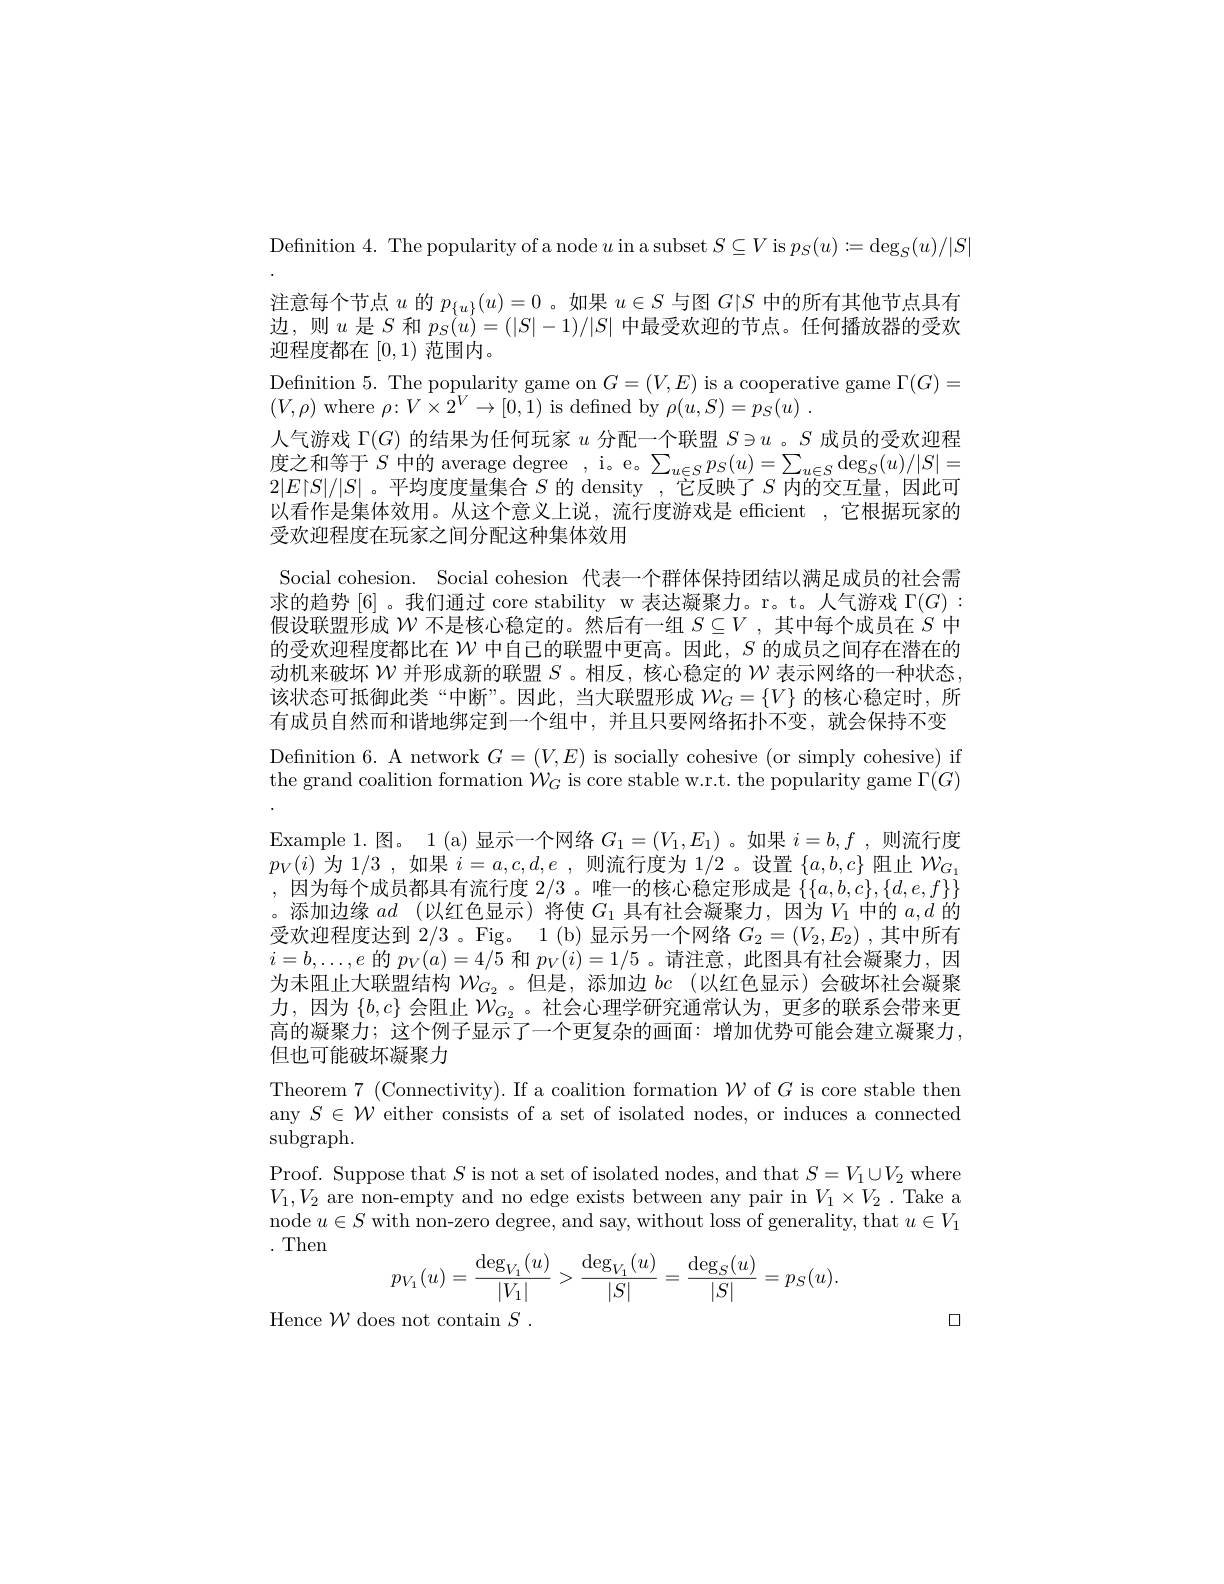
Definition 4. The popularity of a node $u$ in a subset $S\subseteq V$ is $p_S(u):=\deg_S(u)/|S$ 注 意 每 个 节 点 $u$ 的 $p_{\{ u\} }( u) = 0$。如 果 $u\in S$ 与 图 $G| S$ 中 的 所 有 其 他 节 点 具 有 边 , 则 $u$ 是 $S$ 和 $p_{S}( u) = ( | S| - 1) / | S|$ 中 最 受 欢 迎 的 节 点 。任 何 播 放 器 的 受 欢迎程度都在[0,1)范围内。
Definition 5. The popularity game on $G=(V,E)$ is a cooperative game $\Gamma(G)=$
$(V,\rho)$ where $\rho\colon V\times2^V\to[0,1)$ is defined by $\rho(u,S)=p_{S}(u)~.$
人气游戏$\Gamma(G)$的结果为任何玩家$u$分配一个联盟$S\ni u$ 。$S$成员的受欢迎程度之和等于$S$ 中的 average degree, i。e。$\sum_u\in Sp_S(u)=\sum_{u\in S}\deg_S(u)/|S|=$ $2|E|S|/|S|$ 。平均度度量集合$S$的 density ,它反映了$S$内的交互量，因此可以看作是集体效用。从这个意义上说，流行度游戏是 efficient ,它根据玩家的受欢迎程度在玩家之间分配这种集体效用
Social cohesion. Social cohesion 代表一个群体保持团结以满足成员的社会需求的趋势 [6] 。我们通过 core stability w 表达凝聚力。r。t。人气游戏$\Gamma(G):$ 假设联盟形成$\mathcal{W}$不是核心稳定的。然后有一组$S\subseteq V$ ,其中每个成员在$S$中的受欢迎程度都比在$\mathcal{W}$中自己的联盟中更高。因此，$S$的成员之间存在潜在的动机来破坏$\mathcal{W}$并形成新的联盟$S$ 。相反，核心稳定的$\mathcal{W}$表示网络的一种状态， 该状态可抵御此类“中断”。因此，当大联盟形成$\mathcal{W}_G=\{V\}$的核心稳定时，所有成员自然而和谐地绑定到一个组中，并且只要网络拓扑不变，就会保持不变Definition 6. A network $G=(V,E)$ is socially cohesive (or simply cohesive) if the grand coalition formation $\mathcal{W}_G$ is core stable w.r.t. the popularity game $\Gamma(G)$ Example 1.图。1 (a) 显示一个网络$G_1=(V_{1},E_{1})$ 。如果$i=b,f$ ,则流行度$p_{V}(i)$为 1/3 , 如果$i=a,c,d,e$ ,则流行度为1/2 。设置$\{a,b,c\}$阻止$\mathcal{W}_G_1$ ,因为每个成员都具有流行度 2/3。唯一的核心稳定形成是$\left\{\{a,b,c\},\{d,e,f\}\right\}$ 。添加边缘$ad$ (以红色显示)将使$G_1$具有社会凝聚力，因为$V_1$中的$a,d$的受欢迎程度达到2/3 。Fig。1(b)显示另一个网络$G_2=(V_2,E_2)$ ,其中所有$i=b,\ldots,e$的$p_V(a)=4/5$和$p_V(i)=1/5$ 。请注意，此图具有社会凝聚力，因为未阻止大联盟结构$\mathcal{W}_G_2$ 。但是，添加边$bc$ (以红色显示)会破坏社会凝聚力，因为$\{b,c\}$会阻止$\bar{W_{G_2}}$。社会心理学研究通常认为，更多的联系会带来更高的凝聚力；这个例子显示了一个更复杂的画面：增加优势可能会建立凝聚力， 但也可能破坏凝聚力
Theorem 7 (Connectivity). If a coalition formation $\mathcal{W}$ of $G$ is core stable then any $S\in\mathcal{W}$ either consists of a set of isolated nodes, or induces a connected $\operatorname{subgraph}.$
Proof. Suppose that $S$ is not a set of isolated nodes, and that $S=V_1\cup V_2$ where $V_1,V_2$ are non-empty and no edge exists between any pair in $V_1\times V_2.$ Take a node $u\in S$ with non-zero degree, and say, without loss of generality, that $u\in V_1$ . Then
$$p_{V_1}(u)=\frac{\deg_{V_1}(u)}{|V_1|}>\frac{\deg_{V_1}(u)}{|S|}=\frac{\deg_S(u)}{|S|}=p_S(u).$$
口
Hence $\mathcal{W}$ does not contain $S.$